Scottish Leaving Certificate Examination, 1953
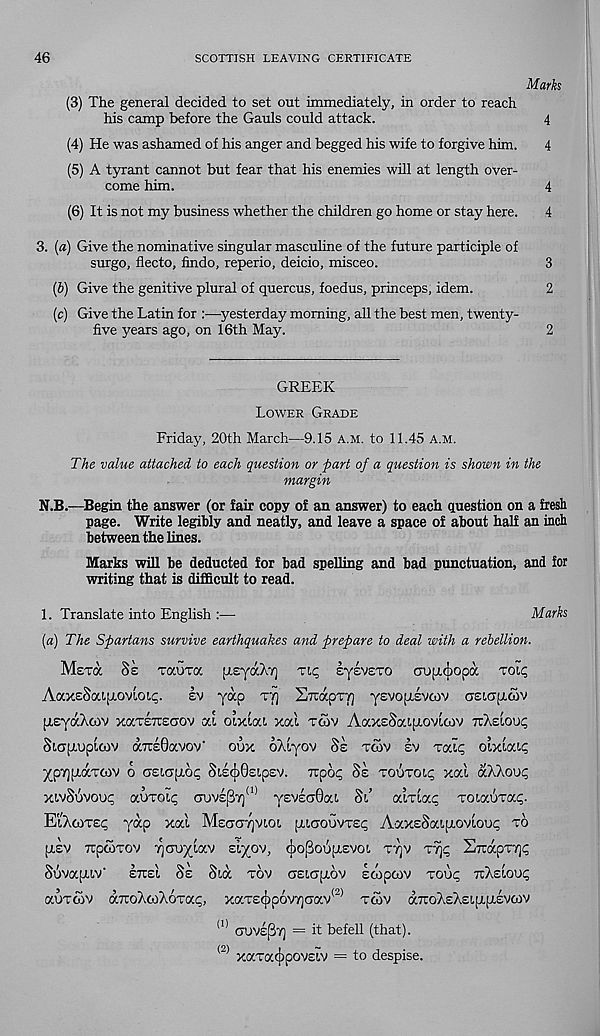
46
SCOTTISH LEAVING CERTIFICATE
Marks
(3) The general decided to set out immediately, in order to reach
his camp before the Gauls could attack.
4
(4) He was ashamed of his anger and begged his wife to forgive him.
4
(5) A tyrant cannot but fear that his enemies will at length over-
come him.
4
(6) It is not my business whether the children go home or stay here.
4
3. (a) Give the nominative singular masculine of the future participle of
surgo, flecto, findo, reperio, deicio, misceo.
3
(b) Give the genitive plural of quercus, foedus, princeps, idem.
2
(c) Give the Latin for :—yesterday morning, all the best men, twenty-
five years ago, on 16th May.
2
GREEK
Lower Grade
Friday, 20th March—9.15 A.M. to 11.45 A.m.
The value attached to each question or part of a question is shown in the
margin
N.B.—Begin the answer (or fair copy of an answer) to each question on a fresh
page. Write legibly and neatly, and leave a space of about half an inch
between the lines.
Marks will be deducted for bad spelling and bad punctuation, and for
writing that is difficult to read.
1. Translate into English :—
Marks
(a) The Spartans survive earthquakes and prepare to deal with a rebellion.
Mstcz §s tocutoc [TcyaATj Tiq EysvcTO CTU[X(j)Op(X to ip
AaxcScci[Tovioiq.
sv yap tyj SrrapTT] yevopiivcov asiopicov
pieyaXcov xaTeTreoov ai oixiat xal tcov AaxeSaipiovicov rcXeiouq
Siapiupicov arceOavov' oux o/.iyov 8s tcov sv Talq olxiaip
ypypiaroiv o aeiapioq SisiOsipsv. Ttpop §e toutoic xai a/.AOuc
xiv86voup auTOip auvs^T] 01 yevscrOai 8i’ aiTiap TOiauTap.
EiXoiTsp yap xal Msacr/jvioi piicrouvTsp AaxeSaipiov'ioup to
pisv rcpcoTov -qcnjyiav eiyov, AopoupiEvoi ttjv T^p SirapTYjp
8uvap.iv' STrel 8e 8ia tov asiapov ecopcov Toup TiXeloup
auToSv atroXcoXoTap, xaTS({)p6v7]aav (2) tcov dx oXsXs i p psvoi v
(1) ouvlpT] = it befell (that).
(2> xaTa^povsiv = to despise.